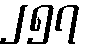
၂၅၇